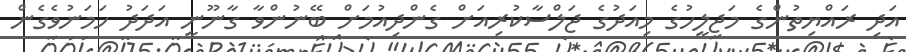
އަދި ރައްޔިތުންގެ މަޖިލީހުގެ މިއަދުގެ ޖަލްސާކުރިއަށް ގެންދިއުމަށް ބޭނުންވާ ގާނޫނީ އަދަދު ހަމަނުވެގެން